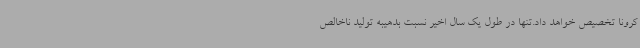
کرونا تخصیص خواهد داد.تنها در طول یک سال اخیر نسبت بدهیبه تولید ناخالص